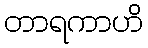
တာရကာဟိ